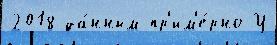
2018 да́нным пр'им'е́рно У